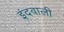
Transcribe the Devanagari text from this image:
इंदवाली